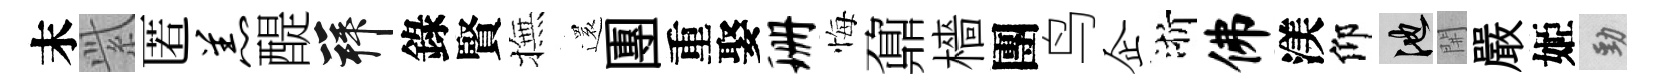
末𬗋匿羔醍拜錄賢撫還團重娶珊悔鼐檣團鸟企浙佛渼仰池𨳩嚴姬勁